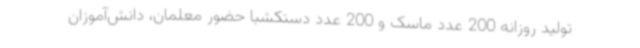
تولید روزانه 200 عدد ماسک و 200 عدد دستکشبا حضور معلمان، دانش‌آموزان